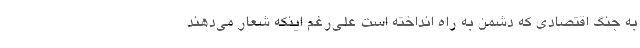
به جنگ اقتصادی که دشمن به راه انداخته است علی‌رغم اینکه شعار می‌دهند